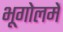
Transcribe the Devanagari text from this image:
भूगोलमें